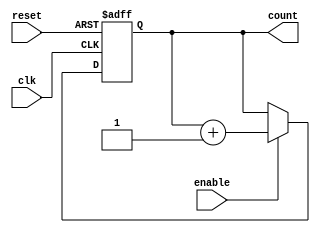
module bcd_up_counter_enable (
  input clk,
  input reset,
  input enable,
  output reg [3:0] count
);

always @ (posedge clk or posedge reset) begin
  if (reset) begin
    count <= 4'b0000;
  end else if (enable) begin
    count <= count + 1;
  end
end

endmodule